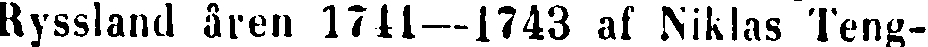
Ryssland åren 1741—1743 af Niklas Teng-